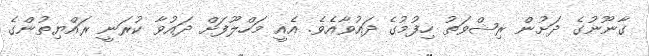
ގާނޫނުގެ ދަށުން ރިޝްވަތު ހިފުމުގެ ދައުވާއެވެ. އެއީ މަހްލޫފަށް ދައުވާ ކުރަނީ ރައްޔިތުންގެ